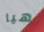
هيا